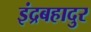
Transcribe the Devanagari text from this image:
इंद्रबहादुर